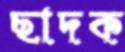
ছাদক